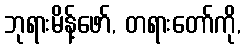
ဘုရားမိန့်ဖော်, တရားတော်ကို,